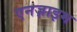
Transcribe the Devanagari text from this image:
एनज़ाइम